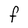
Character: F